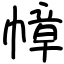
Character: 幛